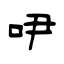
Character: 吚